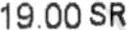
19.00 SR